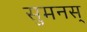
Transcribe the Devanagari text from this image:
सुमनस्‌